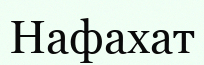
Нафахат